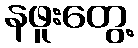
နဖူးတွေ့